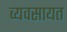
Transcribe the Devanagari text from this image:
व्यवसायत